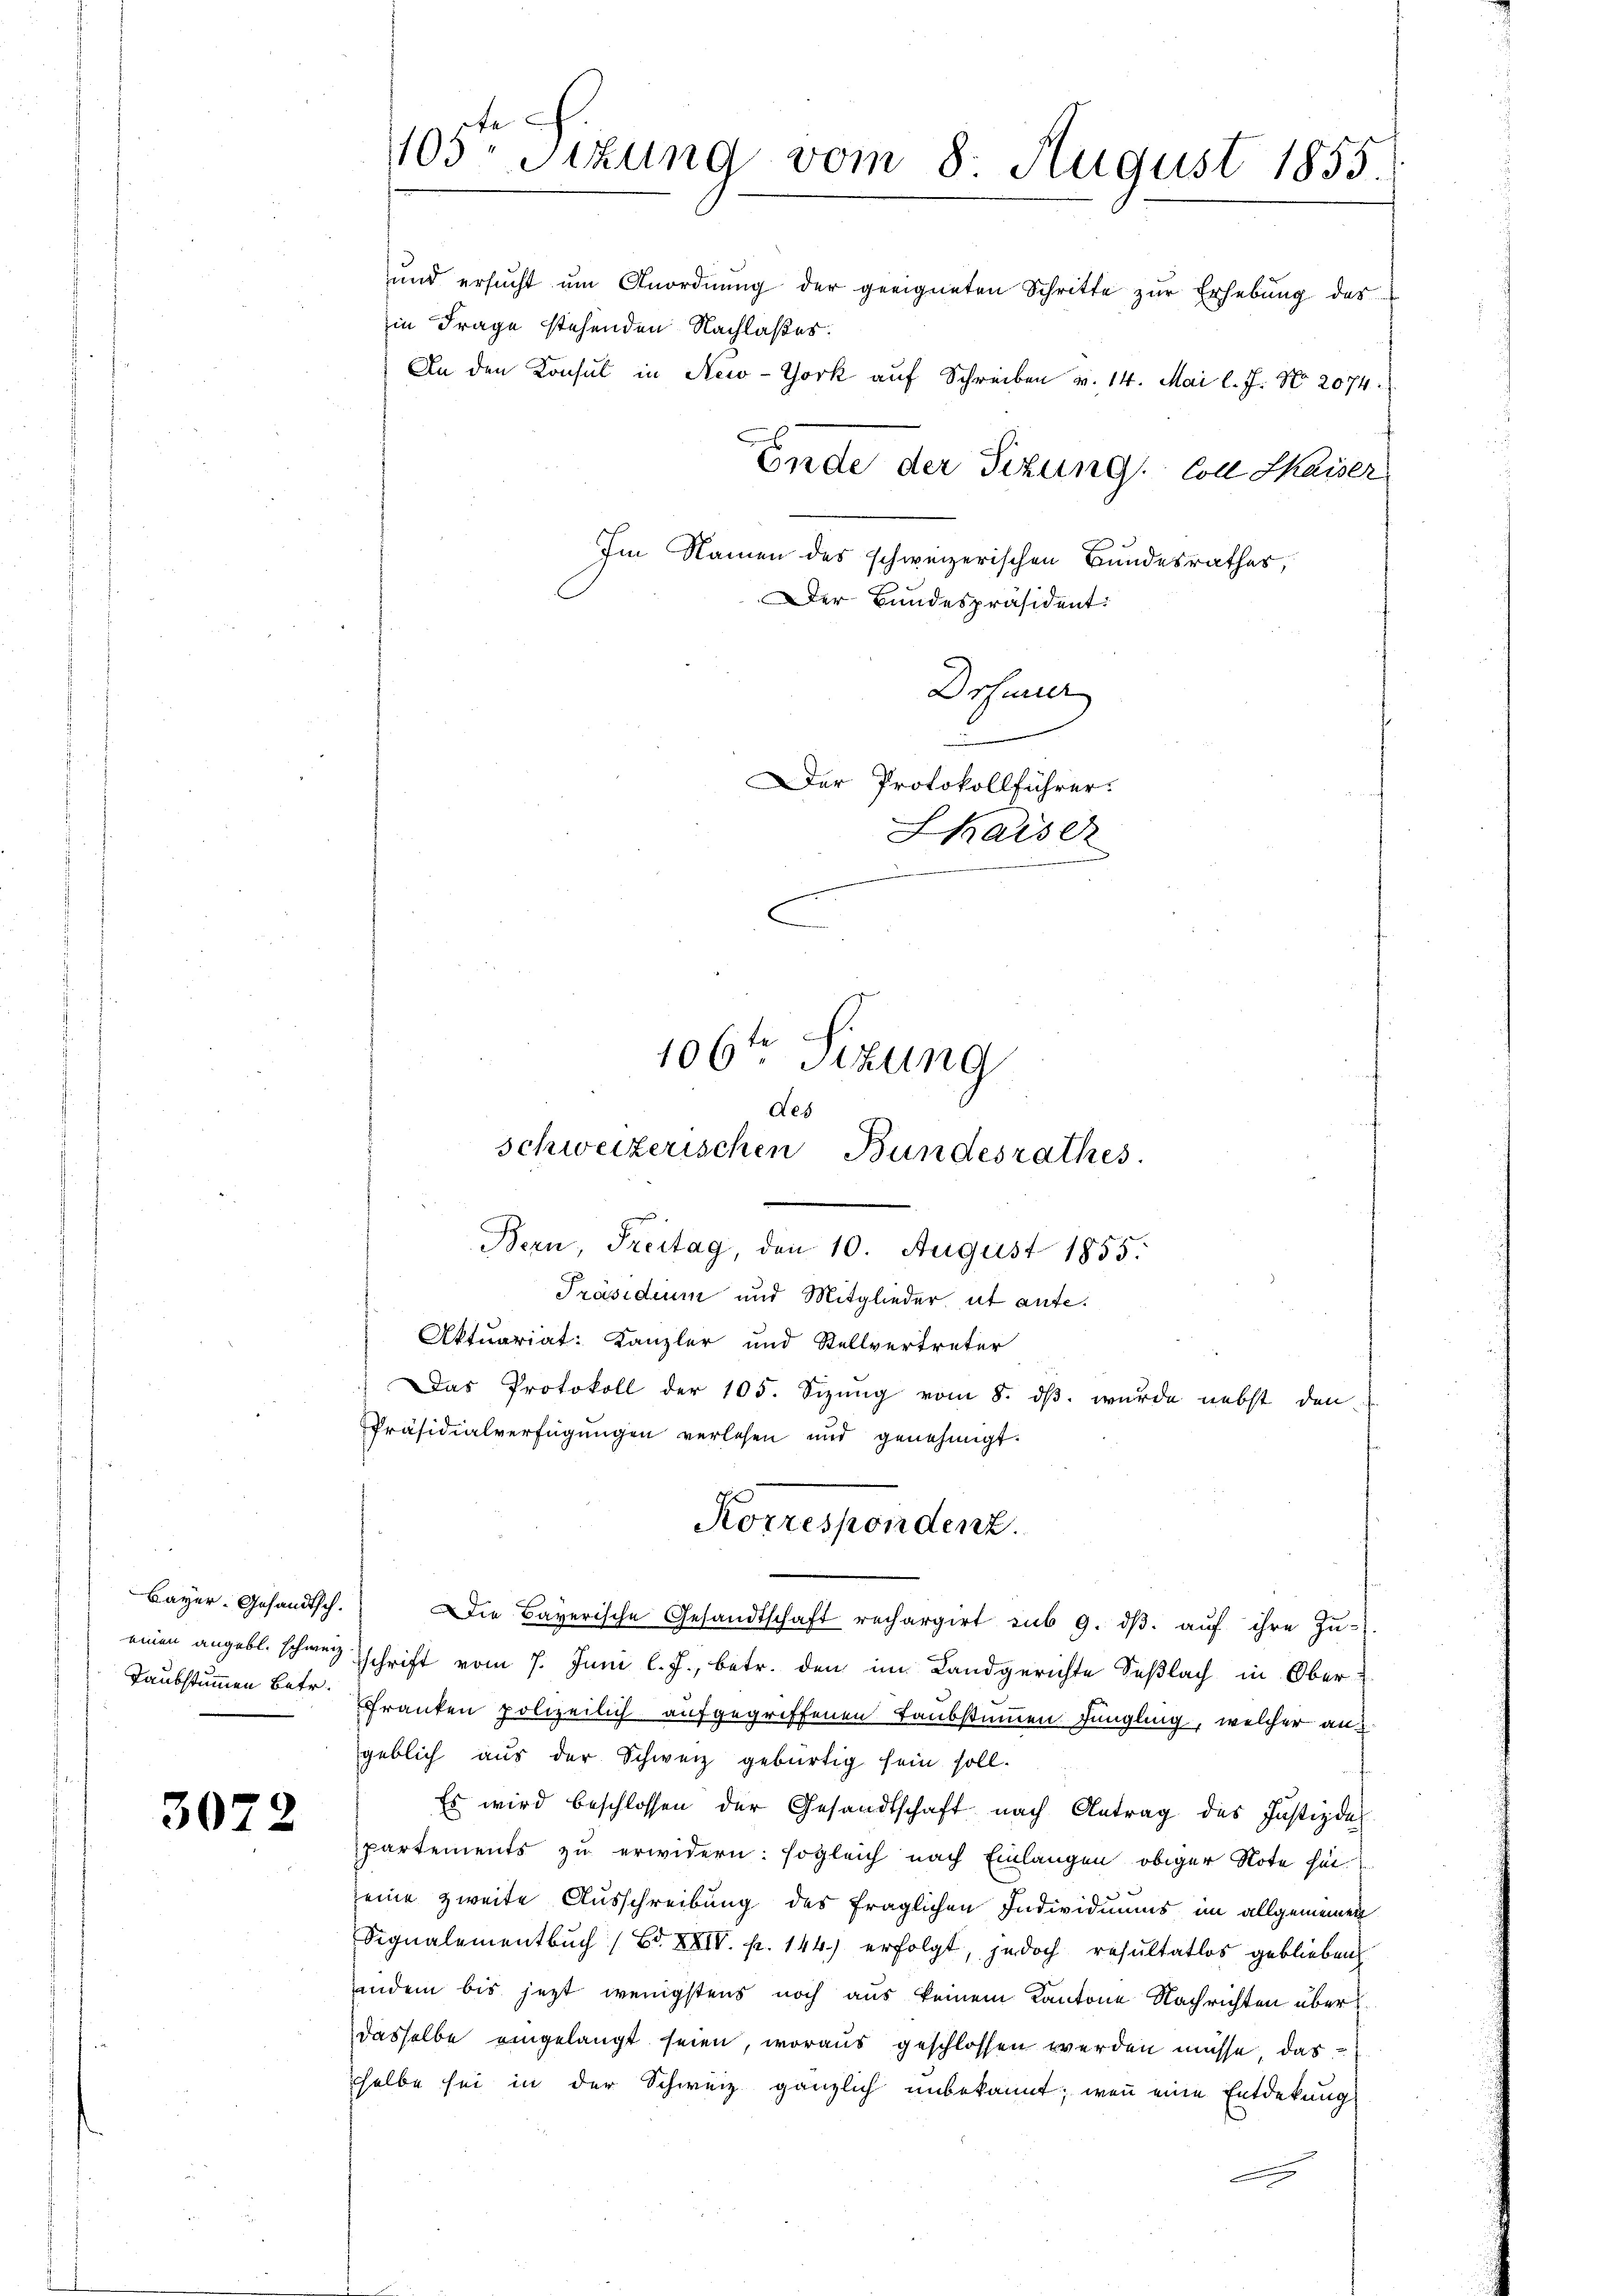
Taubstummen Betr.

3072

und ersŭcht ŭm Anordnŭng der geeigneten Schritte zŭr Erhebŭng der
in Frage stehenden Nachlaßes.
In den Konsul in New-York auf Schreiben v. 14. Mai l. J. No. 2074.

105ten Sizung vom 8. August 1855.
Ende der Sizung von Skaiser
Im Namen des schweizerischen Bundesrathes,
Der Bundespräsident:
Drfunder
Der Protokollführer.
haiser
106ten Sitzung
des

schweizerischen Bundesrathes.
Bern, Freitag, den 10. August 1855.
 Das Protokoll der 105. Sizung vom 8. ds. wurde nebst den
Präsidialverfügungen verlesen und genehmigt.
Korrespondenz.

Präsidium und Mitglieder, ut aufe.
Aktuariat: Kanzler und Stellvertreter

Bayer. Gesandtsch. Die Bayerische Gesandtschaft rechargirt sub 9. dβ aŭf ihre Zŭ-
einen angebl. schweiz schrift vom 7. Juni l. J., betr. den im Landgerichte Seßlach in Ober¬
Franken polizeilich aufgegriffenen Laubstummen Jüngling, welcher aus
geblich aus der Schweiz gebürtig sein soll.
Es wird beschlossen der Gesandtschaft nach Antrag des Justizdep
partements zu erwidern: sogleich nach Einlangen obiger Note hin
seine zweite Ausschreibung des fraglichen Individuums im allgemeinen
Signalementbuch (Bd. XXIV. pr. 144.) erfolgt, jedoch resultatlos geblieben
andem bis jetzt wenigstens noch aus keinem Kantone Nachrichten über
dasselbe eingelangt seien, woraus geschlossen werden müsse, das
selbe sei in der Schweiz gänzlich unbekannt; wenn eine Entdekung